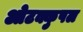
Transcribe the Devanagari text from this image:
ओटक्कुषल